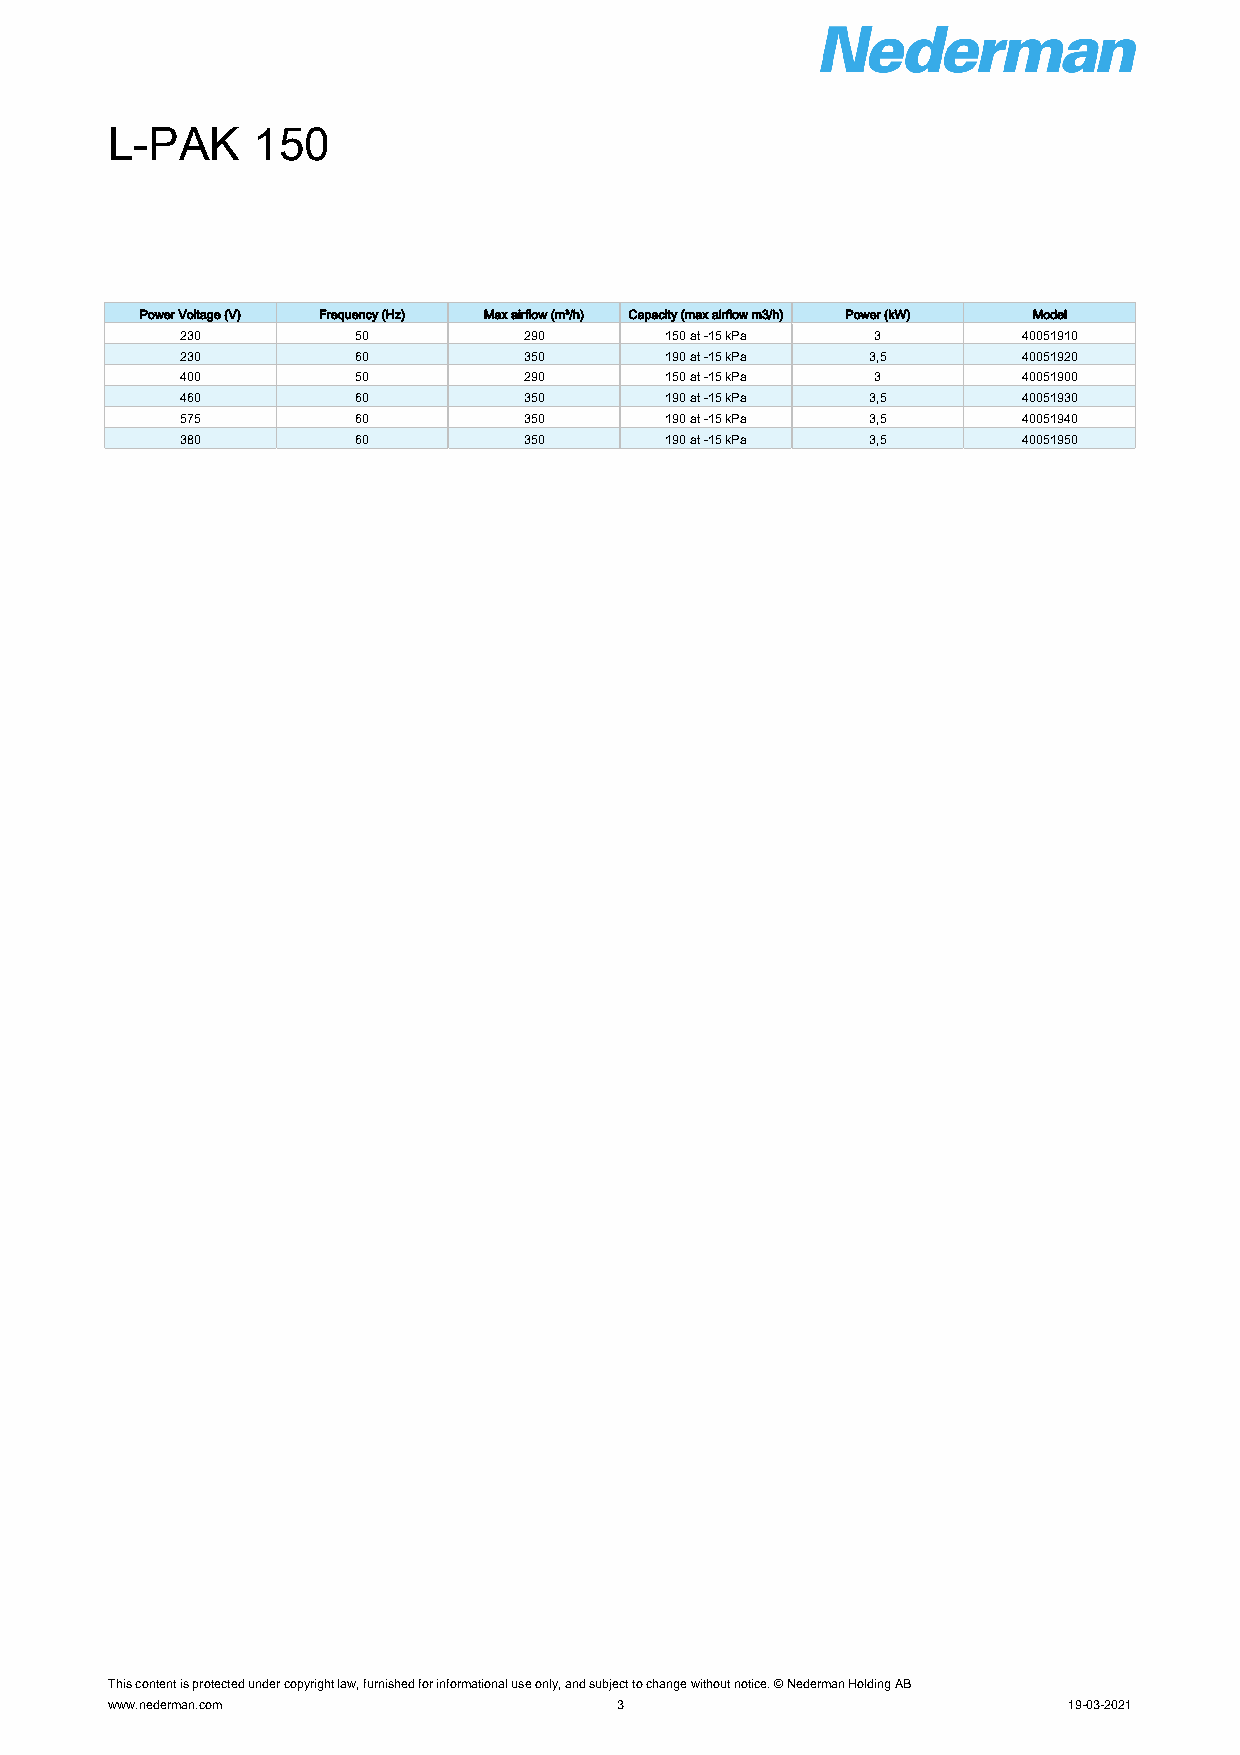
L-PAK     150
 Power Voltage (V) Frequency (Hz) Max airflow (m³/h) Capacity (max airflow m3/h) Power (kW) Model
 230         50         290      150 at -15 kPa 3        40051910
 230         60         350      190 at -15 kPa 3,5      40051920
 400         50         290      150 at -15 kPa 3        40051900
 460         60         350      190 at -15 kPa 3,5      40051930
 575         60         350      190 at -15 kPa 3,5      40051940
 380         60         350      190 at -15 kPa 3,5      40051950
 This content is protected under copyright law, furnished for informational use only, and subject to change without notice. © Nederman Holding AB
 www.nederman.com                  3                             19-03-2021